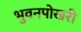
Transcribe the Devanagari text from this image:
भुवनपोखरी